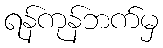
ရန်ကုန်ဘက်မှ